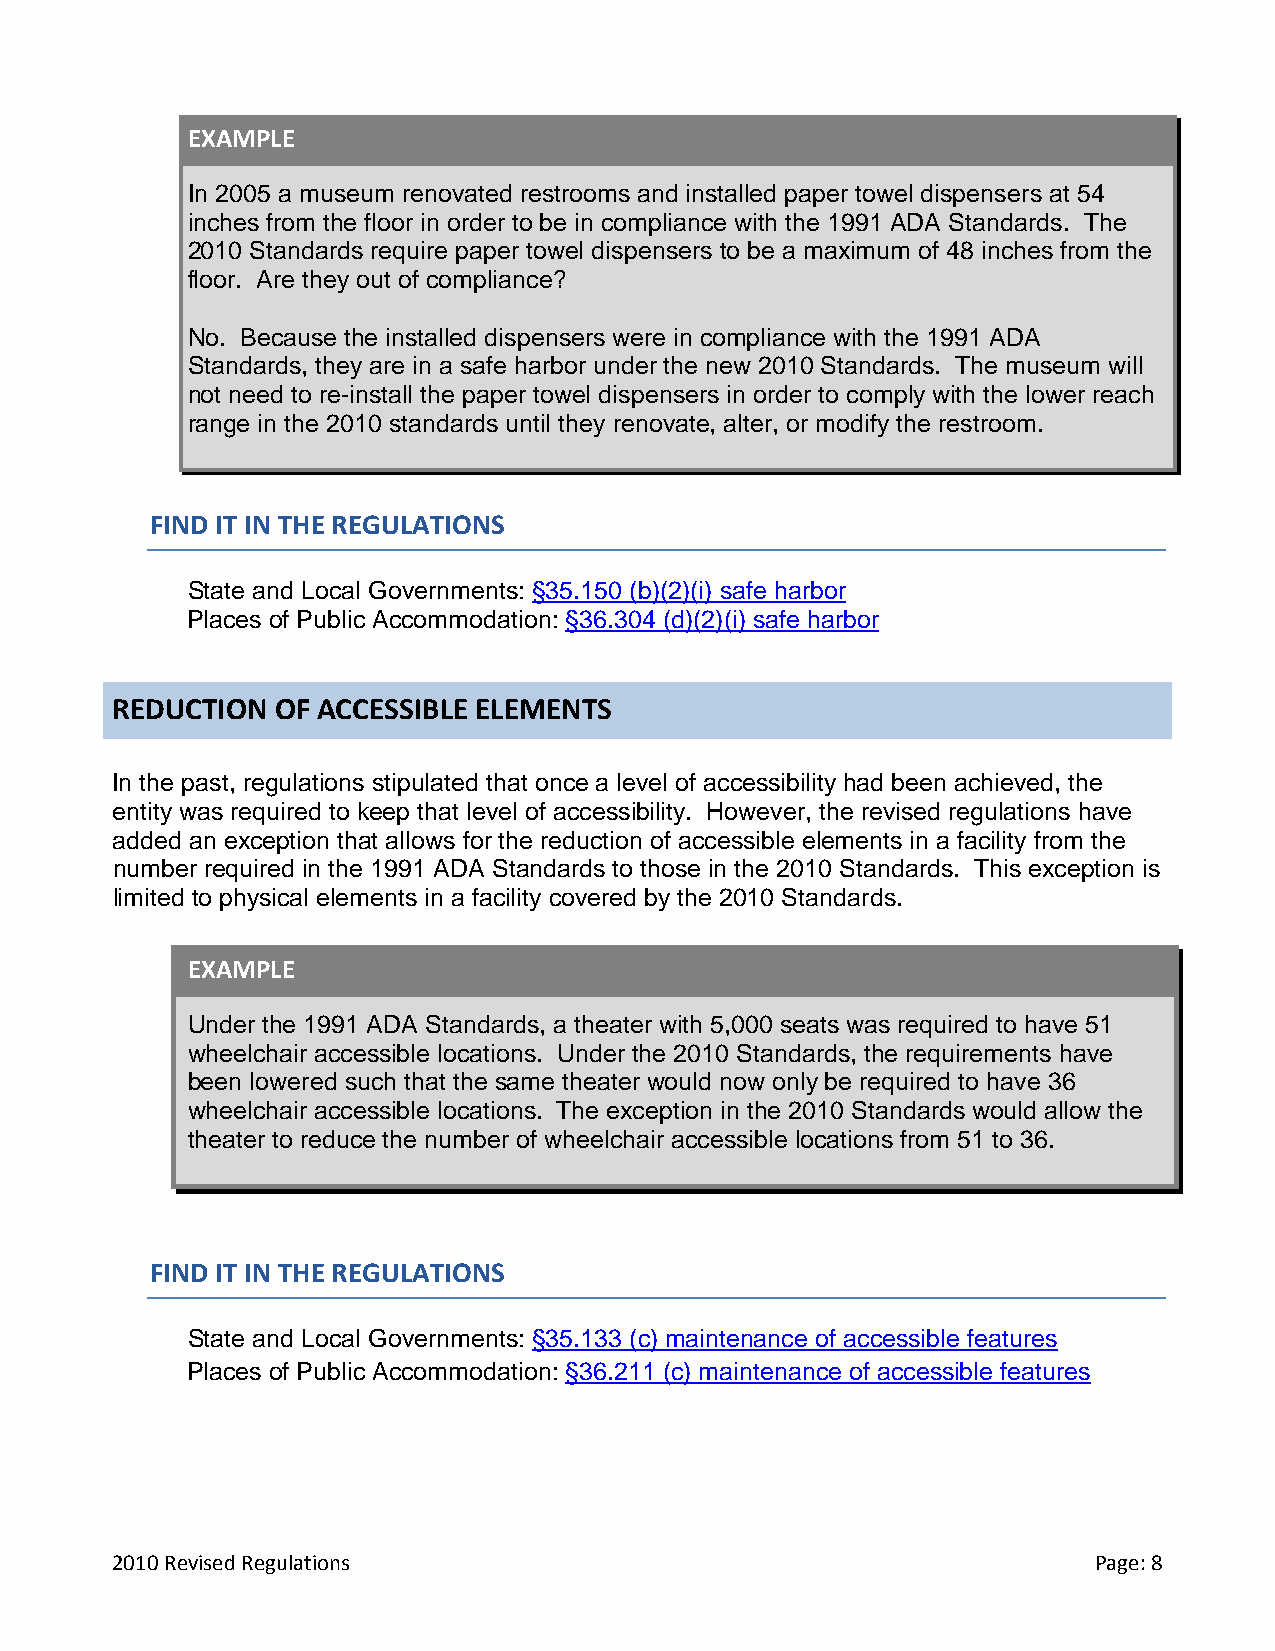
EXAMPLE
 In 2005 a museum renovated restrooms and installed paper towel dispensers at 54
 inches from the floor in order to be in compliance with the 1991 ADA Standards. The
 2010 Standards require paper towel dispensers to be a maximum of 48 inches from the
 floor. Are they out of compliance?
 No. Because the installed dispensers were in compliance with the 1991 ADA
 Standards, they are in a safe harbor under the new 2010 Standards. The museum will
 not need to re-install the paper towel dispensers in order to comply with the lower reach
 range in the 2010 standards until they renovate, alter, or modify the restroom.
 FIND IT IN THE REGULATIONS
 State and Local Governments: §35.150 (b)(2)(i) safe harbor
 Places of Public Accommodation: §36.304 (d)(2)(i) safe harbor
 REDUCTION  OF ACCESSIBLE ELEMENTS
 In the past, regulations stipulated that once a level of accessibility had been achieved, the
 entity was required to keep that level of accessibility. However, the revised regulations have
 added an exception that allows for the reduction of accessible elements in a facility from the
 number required in the 1991 ADA Standards to those in the 2010 Standards. This exception is
 limited to physical elements in a facility covered by the 2010 Standards.
 EXAMPLE
 Under the 1991 ADA Standards, a theater with 5,000 seats was required to have 51
 wheelchair accessible locations. Under the 2010 Standards, the requirements have
 been lowered such that the same theater would now only be required to have 36
 wheelchair accessible locations. The exception in the 2010 Standards would allow the
 theater to reduce the number of wheelchair accessible locations from 51 to 36.
 FIND IT IN THE REGULATIONS
 State and Local Governments: §35.133 (c) maintenance of accessible features
 Places of Public Accommodation: §36.211 (c) maintenance of accessible features
 2010 Revised Regulations                                         Page: 8